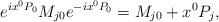
LaTeX: \begin{align*}e^{ix^{0}P_{0}}M_{j0} e^{-ix^{0}P_{0}} = M_{j0}+x^{0} P_{j},\end{align*}